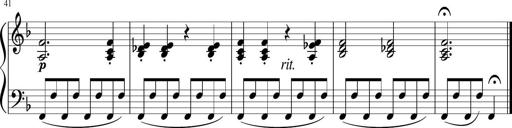
Title: 3 Sonatinen
Composer: Heinrich Lichner